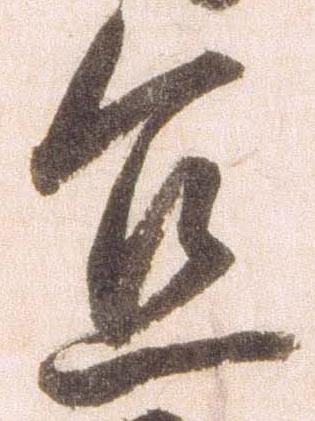
宜